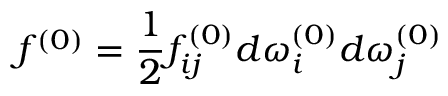
f ^ { ( 0 ) } = \frac { 1 } { 2 } f _ { i j } ^ { ( 0 ) } d \omega _ { i } ^ { ( 0 ) } d \omega _ { j } ^ { ( 0 ) }